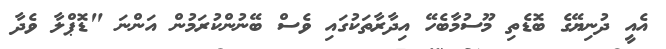
އެއީ ދުނިޔޭގެ ބޮޑެތި މޫސުމާބެހޭ އިދާރާތަކުގައި ވެސް ބޭނުންކުރަމުން އަންނަ "ޑޮޕްލާ ވެދާ